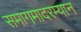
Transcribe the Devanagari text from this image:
समागमादरम्यान